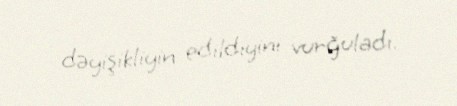
dəyişikliyin edildiyini vurğuladı.